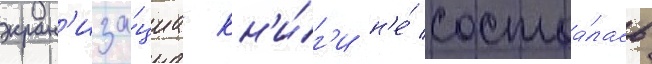
экран'иза́циа кн'и́г'и н'е́ состоа́лась